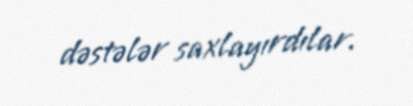
dəstələr saxlayırdılar.